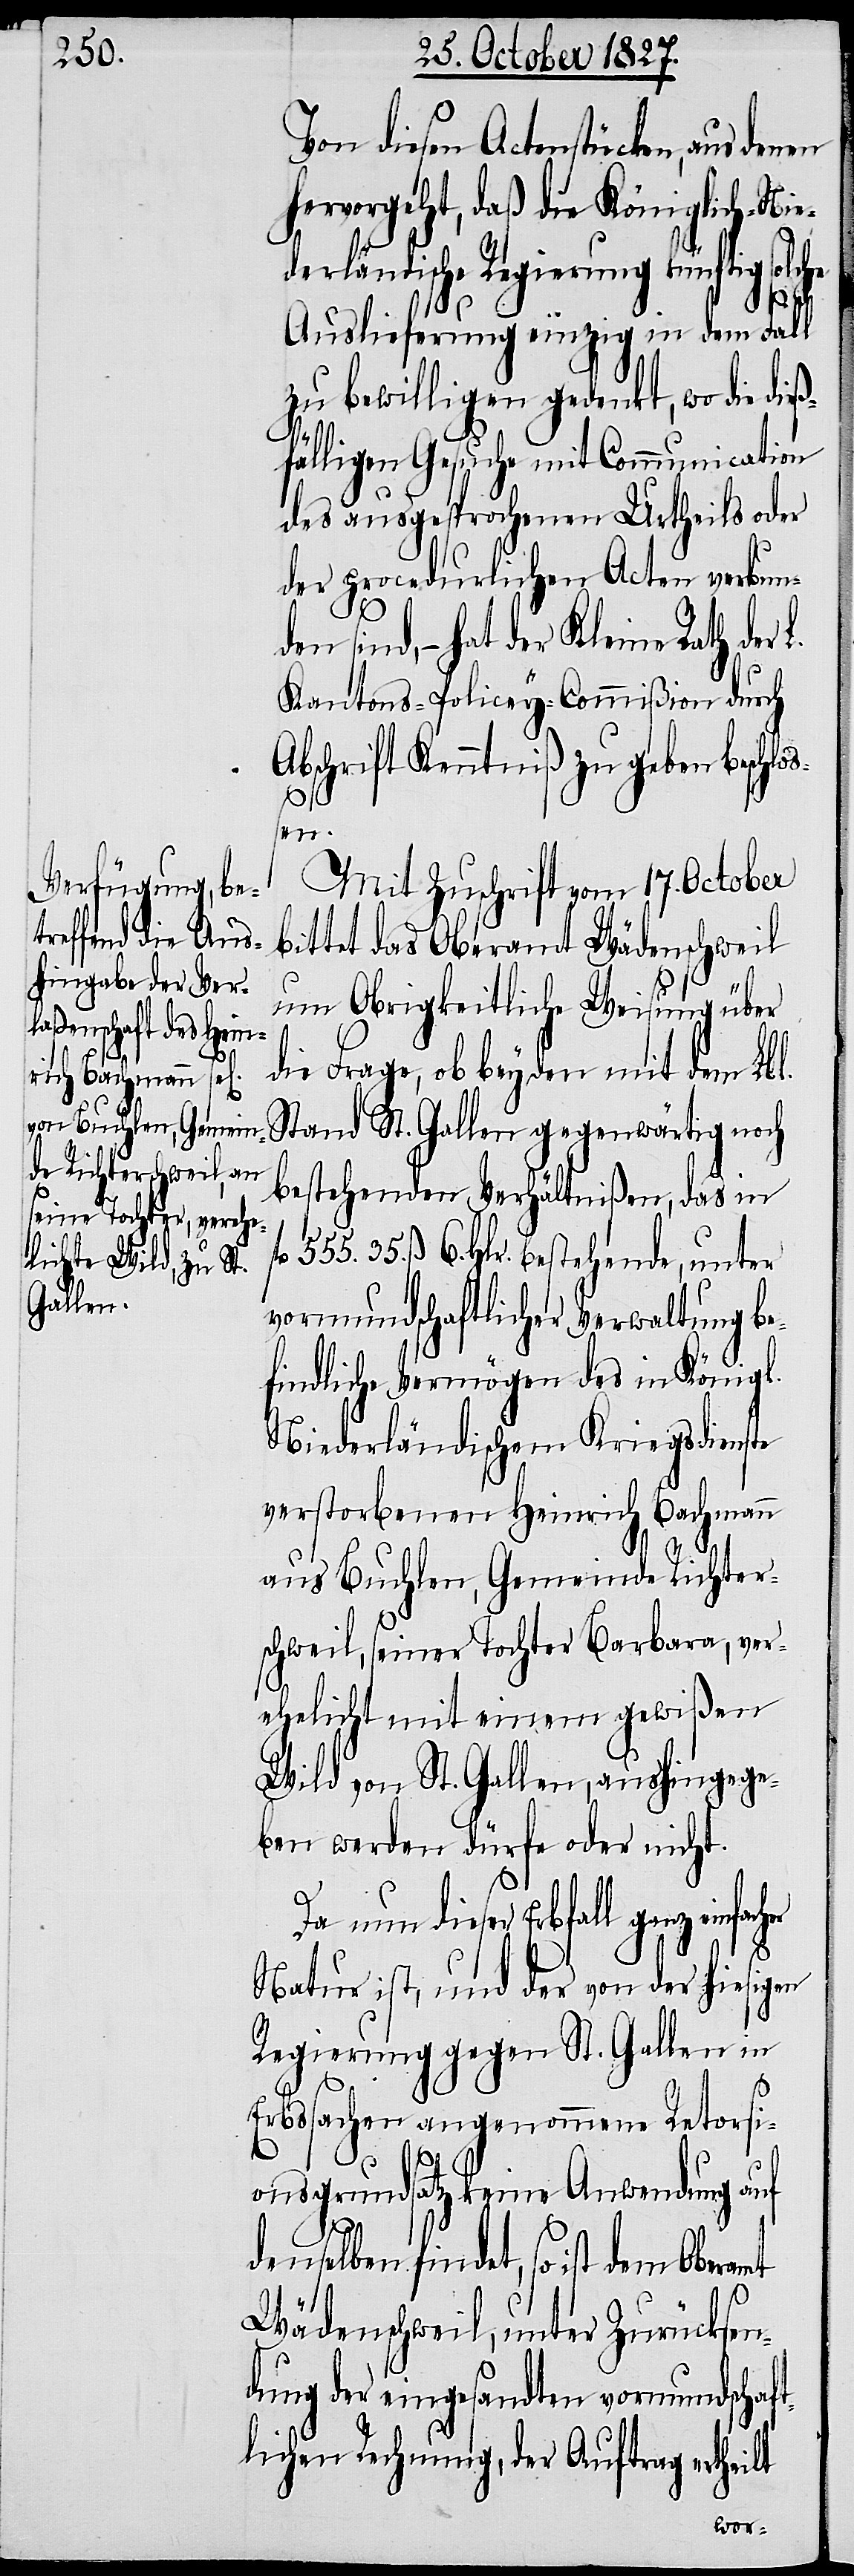
555.
l

Von diesen Actenstücken, aus denen
hervorgeht, daß die Königlich-Nie¬
derländische Regierung künftig solche
Auslieferung einzig in dem Fall
zu bewilligen gedenkt, wo die
fälligen Gesuche mit Communication
des ausgesprochenen Urtheils oder
der procedurlichen Acten verbund¬
en sind, – hat der Kleine Rath der
Kantons-Policey-Commißion durch
Abschrift Kenntniß zu geben beschlo¬
ßen.
Mit Zuschrift vom 17. October
bittet das Oberamt Wädenschweil
um Obrigkeitliche Weisung über
die Frage, ob bey den mit dem Lbl.
Stand St. Gallen gegenwärtig noch
bestehenden Verhältnißen, das in
35. ß. 6. Hlr. bestehende, unter
vormundschaftlicher Verwaltung be¬
findliche Vermögen des in Königl.
Niederländischem Kriegsdienste
verstorbenen Heinrich Bachmann
aus Buchlen, Gemeinde Richter¬
schweil, seiner Tochter Barbara, ver¬
ehelicht mit einem gewißen
Wild von St. Gallen, aushingege¬
ben werden dürfe oder nicht.
Da nun dieser Erbfal¬
Natur ist, und der von der hiesigen
Regierung gegen St. Gallen in
Erbssachen angenommene Retorsi¬
fl.
onsgrundsatz keine Anwendung auf
denselben findet, so ist dem
Wädenschweil, unter Zurücksen¬
dung der eingesandten vormundschaf¬
tlichen Rechnung, der Auftrag ertheilt
dieß¬